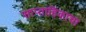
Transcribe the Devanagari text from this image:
साप्‍ताहिकाचा